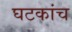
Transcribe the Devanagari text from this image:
घटकांच